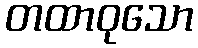
တထာဝုသော